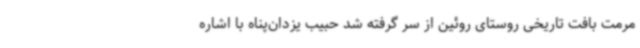
مرمت بافت تاریخی روستای روئین از سر گرفته شد حبیب یزدان‌پناه با اشاره